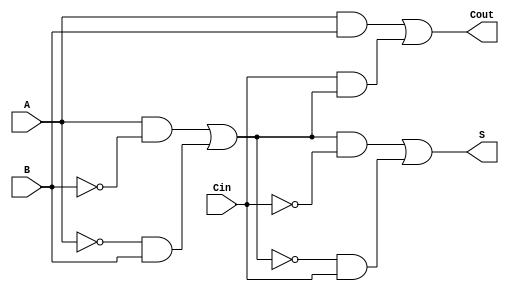
module TransmissionGateFullAdder (
    input wire A,      // First binary input
    input wire B,      // Second binary input
    input wire Cin,    // Carry input
    output wire S,     // Sum output
    output wire Cout   // Carry output
);

    // Intermediate signals
    wire A_XOR_B;      // Intermediate XOR output
    wire A_AND_B;      // Intermediate AND output
    wire Cin_AND_A_XOR_B; // Intermediate AND output for Cin and (A  B)

    // Transmission gate for A  B
    assign A_XOR_B = (A & ~B & 1'b1) | (~A & B & 1'b1); // A  B using transmission gates

    // Sum output S = A  B  Cin
    assign S = (A_XOR_B & ~Cin) | (~A_XOR_B & Cin); // S = A  B  Cin

    // Carry outputs
    assign A_AND_B = A & B; // A  B
    assign Cin_AND_A_XOR_B = Cin & A_XOR_B; // Cin  (A  B)

    // Carry output Cout = (A  B) + (Cin  (A  B))
    assign Cout = A_AND_B | Cin_AND_A_XOR_B; // Cout = (A  B) + (Cin  (A  B))

endmodule